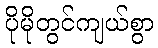
ပိုမိုတွင်ကျယ်စွာ